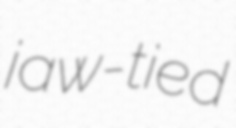
jaw-tied